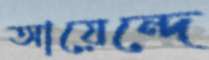
আয়েন্দে